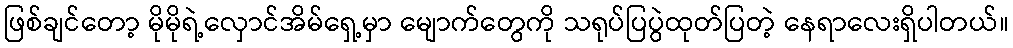
ဖြစ်ချင်တော့ မိုမိုရဲ့လှောင်အိမ်ရှေ့မှာ မျောက်တွေကို သရုပ်ပြပွဲထုတ်ပြတဲ့ နေရာလေးရှိပါတယ်။